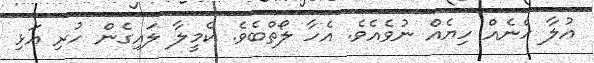
އުލާ ހެނެއް ހިޔެއް ނުވެއެވެ. އެހާ ލޯތްބެވެ. ކެމީލާ ލައިގެން ހުރި އަޅި